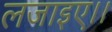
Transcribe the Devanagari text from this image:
लजाइए।।